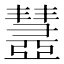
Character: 𢑹